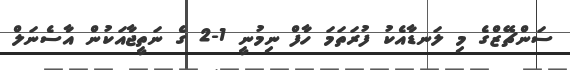
ސަންޗޭޒްގެ މި ލަނޑާއެކު ފުރަތަމަ ހާފް ނިމުނީ 1-2 ގެ ނަތީޖާއަކުން އާސެނަލް